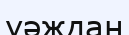
уәждан